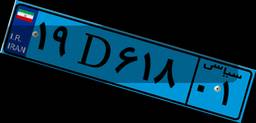
۵۰D۱۸۹۳۴